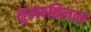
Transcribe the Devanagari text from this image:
सुखबसिलाल